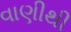
વાણીથી